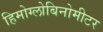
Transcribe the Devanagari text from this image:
हिमोग्लोबिनोमीटर